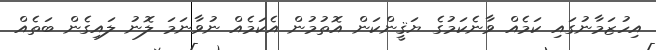
އިހުޒަމާނުގައި ކަމެއް ވާނެކަމުގެ ޔަޤީންކަން އޮތުމުން އެކަމެއް ނުވާނަމަ ލޮނު ލައިގެން ބަތެއް